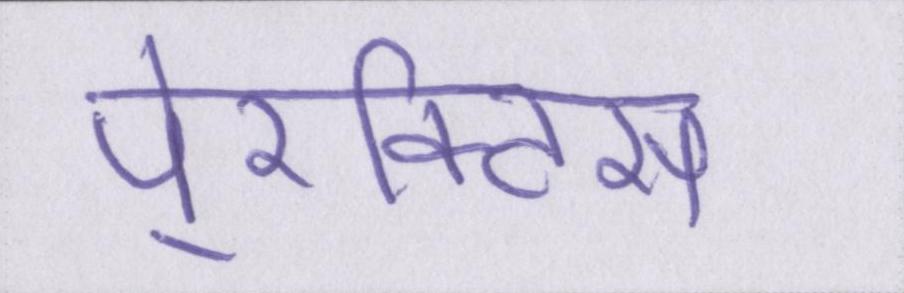
पे्रक्टिस